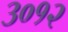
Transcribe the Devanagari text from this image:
३०१२